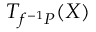
T _ { f ^ { - 1 } P } ( X )